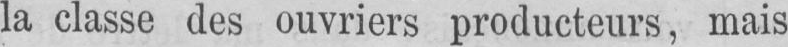
la classe des ouvriers producteurs, mais